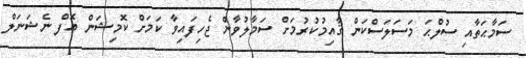
ސަމާޙަތާއި ސުލްޙަ މަސަލަސްކަން ޤާއިމުކުރުމަށް ސަމާލުވާން ޖެހިފައިވާ ކަމަށް ކޮމިޝަން އޮފް ނެޝަނަލް